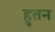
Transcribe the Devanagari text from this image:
हुतन